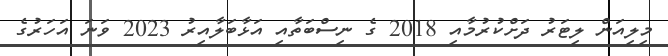
މިލިއަން ލިޓަރު ދަށްކުރުމާއި 2018 ގެ ނިސްބަތާއި އަޅާބަލާއިރު 2023 ވަނަ އަހަރުގެ